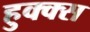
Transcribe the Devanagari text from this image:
हुक्क्स